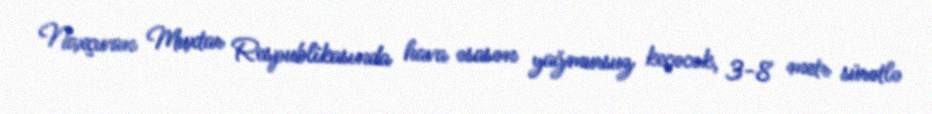
Naxçıvan Muxtar Respublikasında hava əsasən yağmursuz keçəcək, 3-8 metr sürətlə